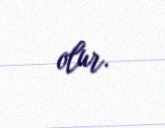
olur.